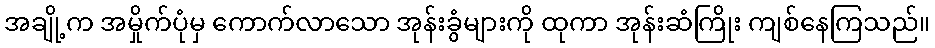
အချို့က အမှိုက်ပုံမှ ကောက်လာသော အုန်းခွံများကို ထုကာ အုန်းဆံကြိုး ကျစ်နေကြသည်။